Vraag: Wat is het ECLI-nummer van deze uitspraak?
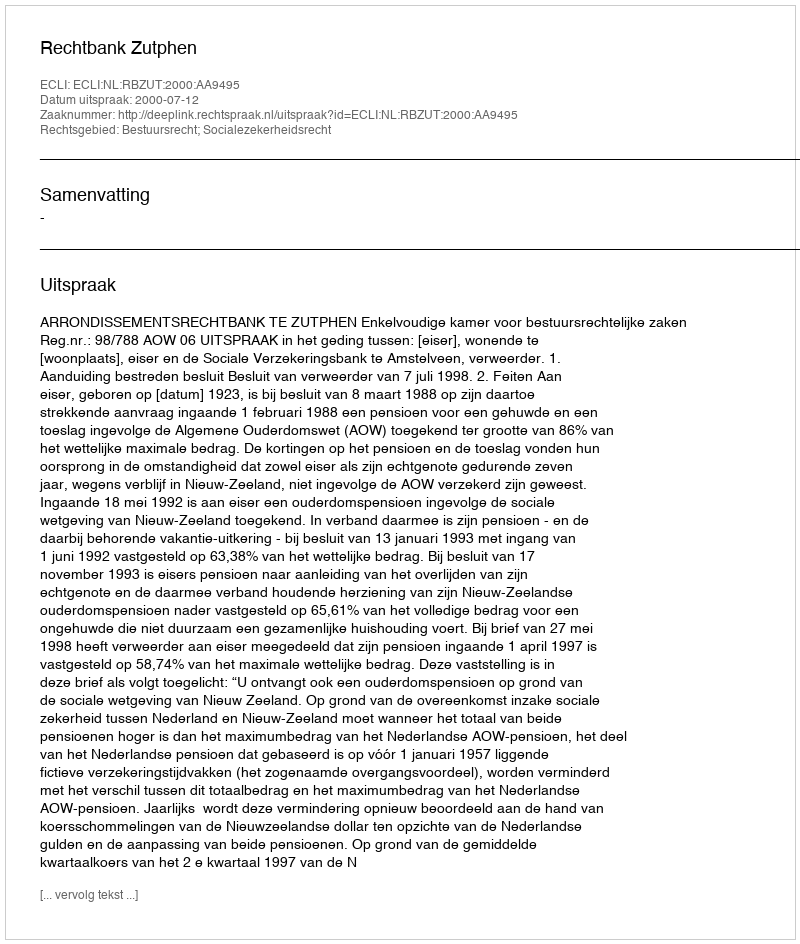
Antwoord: ECLI:NL:RBZUT:2000:AA9495